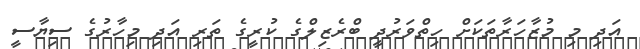
އަދި މި މުޒާހަރާތަކަށް ހިތްވަރުދީ ބްރެޒިލްގެ ކުރީގެ ތަރި އަދި މިހާރުގެ ސިޔާސީ